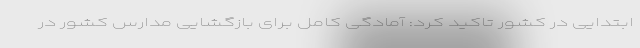
ابتدایی در کشور تاکید کرد: آمادگی کامل برای بازگشایی مدارس کشور در